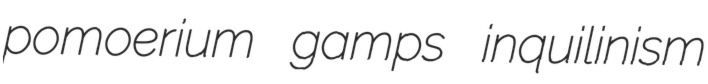
pomoerium gamps inquilinism